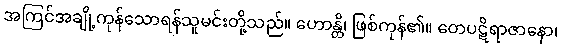
အကြင်အချို့ကုန်သောရန်သူမင်းတို့သည်။ ဟောန္တိ၊ ဖြစ်ကုန်၏။ တေပဋိရာဇာနော၊